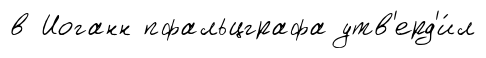
в Иоганн пфальцграфа утв'ерд'и́л